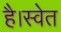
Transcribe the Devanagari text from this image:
है।स्वेत